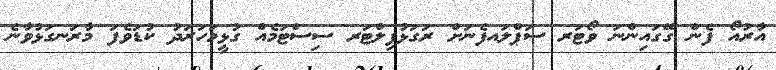
އާރުއޯ ފެން ގޭގައިންނަ ވޯޓަރ ސަޕްލައފެނަށް ރަގަޅުފިލްޓަރ ސިސްޓަމެއް ގުޅީމަހަރަދު ކުޑަވެފަ މާރަނގަޅުވާނެ